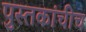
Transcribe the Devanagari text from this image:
पुस्तकांचीच